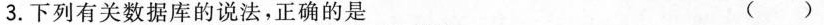
3.下列有关数据库的说法，正确的是（）